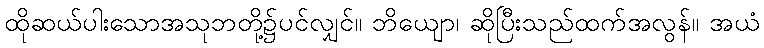
ထိုဆယ်ပါးသောအသုဘတို့၌ပင်လျှင်။ ဘိယျော၊ ဆိုပြီးသည်ထက်အလွန်။ အယံ